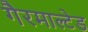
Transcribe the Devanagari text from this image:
गैरमाल्टेड